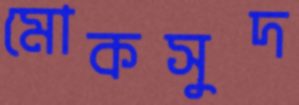
মোকসুদ